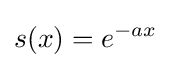
s(x)=e^{-ax}